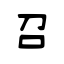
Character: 召